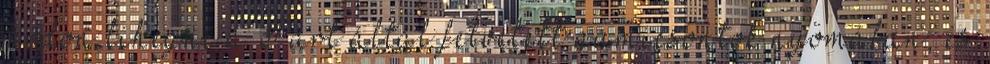
módon lihegni a Párt által felvetett gumicsontok nyomában, és